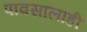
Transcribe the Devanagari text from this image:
पावसालाही